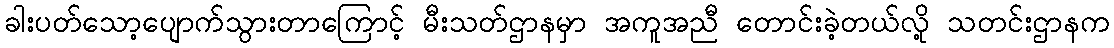
ခါးပတ်သော့ပျောက်သွားတာကြောင့် မီးသတ်ဌာနမှာ အကူအညီ တောင်းခဲ့တယ်လို့ သတင်းဌာနက